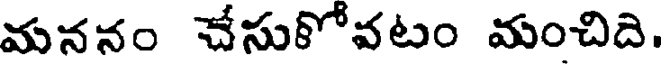
మననం చేసుకోవటం మంచిది.